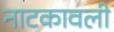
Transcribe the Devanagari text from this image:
नाटकावली